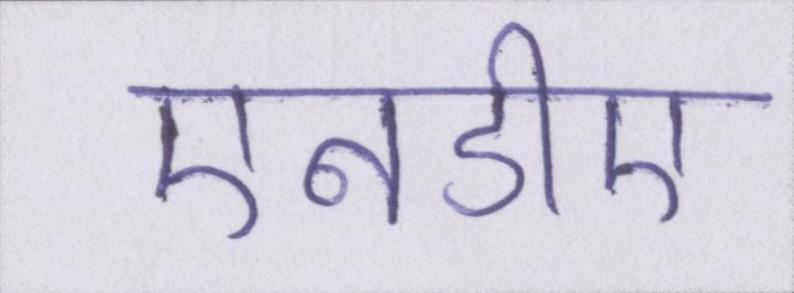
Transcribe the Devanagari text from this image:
एनडीए